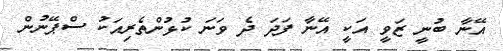
އޭނާ ބުނީ ޒަވީ އަކީ އޭނާ ފަދަ ދެ ވަނަ ކުޅުންތެރިއަކު ސްޕޭނުން